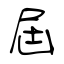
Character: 屆